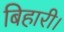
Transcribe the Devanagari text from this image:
बिहारी।